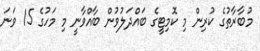
މުބާރާތުގެ ކުރިން މި ކޮމިޓީގެ ބައްދަލުވުން ބާއްވާނީ މި މަހުގެ 15 ވަނަ